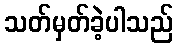
သတ်မှတ်ခဲ့ပါသည်